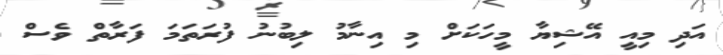
އަދި މިއީ އޭޝިޔާ މީހަކަށް މި އިނާމު ލިބުނު ފުރަތަމަ ފަރާތް ވެސް